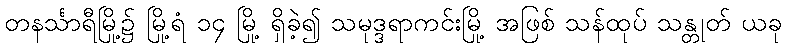
တနင်္သာရီမြို့၌ မြို့ရံ ၁၄ မြို့ ရှိခဲ့၍ သမုဒ္ဒရာကင်းမြို့ အဖြစ် သန်ထုပ် သန္တုတ် ယခု